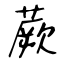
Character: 蕨